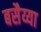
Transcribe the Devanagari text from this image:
बसैय्या